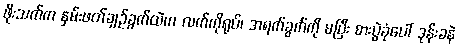
ဖိုးသက်က နှမ်းဖတ်ချဉ်ခွက်ထဲက လက်ကိုရုပ်၊ အရက်ခွက်ကို မပြီး စားပွဲခုံပေါ် ဒုန်းခနဲ